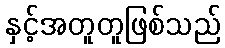
နှင့်အတူတူဖြစ်သည်